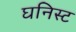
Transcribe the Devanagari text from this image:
घनिस्ट